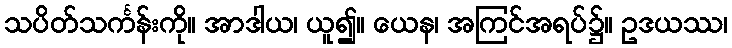
သပိတ်သင်္ကန်းကို။ အာဒါယ၊ ယူ၍။ ယေန၊ အကြင်အရပ်၌။ ဥဒယဿ၊